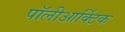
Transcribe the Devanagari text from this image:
पॉलीआर्क्टिक